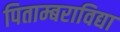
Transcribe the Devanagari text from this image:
पिताम्बराविद्या